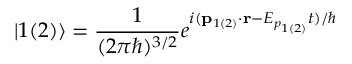
\vert 1 ( 2 ) \rangle = \frac { 1 } { ( 2 \pi \hbar ) ^ { 3 / 2 } } e ^ { i ( \mathbf { p } _ { 1 ( 2 ) } \cdot \mathbf { r } - E _ { p _ { 1 ( 2 ) } } t ) / \hbar }